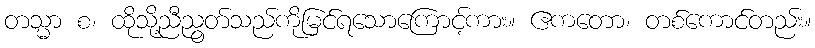
တသ္မာ စ၊ ထိုသို့ညီညွတ်သည်ကိုမြင်ရသောကြောင့်ကား။ ဧကတော၊ တစ်ကောင်တည်း။